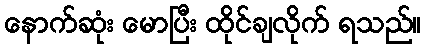
နောက်ဆုံး မောပြီး ထိုင်ချလိုက် ရသည်။